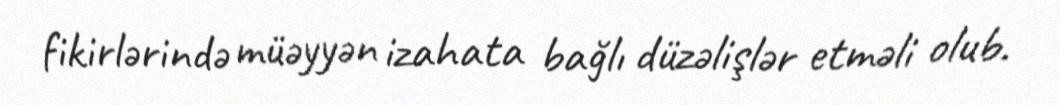
fikirlərində müəyyən izahata bağlı düzəlişlər etməli olub.